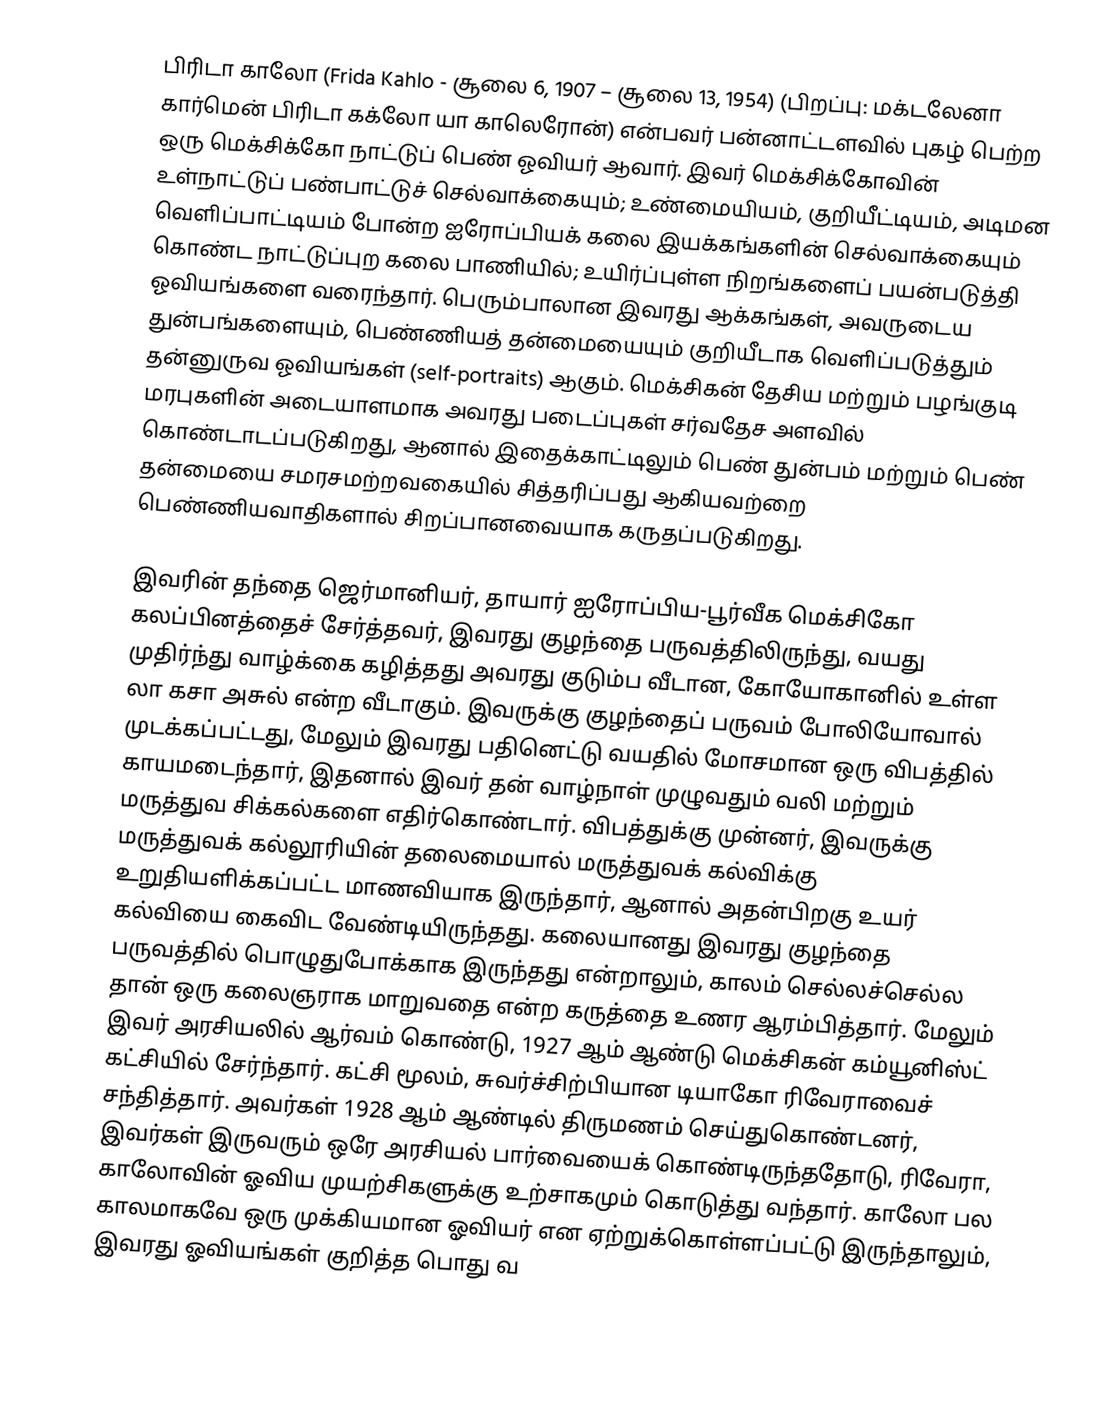
பிரிடா காலோ (Frida Kahlo - சூலை 6, 1907 – சூலை 13, 1954) (பிறப்பு: மக்டலேனா கார்மென் பிரிடா கக்லோ யா காலெரோன்) என்பவர் பன்னாட்டளவில் புகழ் பெற்ற ஒரு மெக்சிக்கோ நாட்டுப் பெண் ஓவியர் ஆவார். இவர் மெக்சிக்கோவின் உள்நாட்டுப் பண்பாட்டுச் செல்வாக்கையும்; உண்மையியம், குறியீட்டியம், அடிமன வெளிப்பாட்டியம் போன்ற ஐரோப்பியக் கலை இயக்கங்களின் செல்வாக்கையும் கொண்ட நாட்டுப்புற கலை பாணியில்; உயிர்ப்புள்ள நிறங்களைப் பயன்படுத்தி ஓவியங்களை வரைந்தார். பெரும்பாலான இவரது ஆக்கங்கள், அவருடைய துன்பங்களையும், பெண்ணியத் தன்மையையும் குறியீடாக வெளிப்படுத்தும் தன்னுருவ ஓவியங்கள் (self-portraits) ஆகும்.  மெக்சிகன் தேசிய மற்றும் பழங்குடி மரபுகளின் அடையாளமாக அவரது படைப்புகள் சர்வதேச அளவில் கொண்டாடப்படுகிறது, ஆனால் இதைக்காட்டிலும்  பெண் துன்பம் மற்றும் பெண் தன்மையை சமரசமற்றவகையில் சித்தரிப்பது ஆகியவற்றை பெண்ணியவாதிகளால் சிறப்பானவையாக கருதப்படுகிறது.

இவரின் தந்தை ஜெர்மானியர், தாயார் ஐரோப்பிய-பூர்வீக மெக்சிகோ கலப்பினத்தைச் சேர்த்தவர், இவரது குழந்தை பருவத்திலிருந்து, வயது முதிர்ந்து வாழ்க்கை கழித்தது அவரது குடும்ப வீடான,  கோயோகானில் உள்ள  லா கசா அசுல் என்ற வீடாகும். இவருக்கு குழந்தைப் பருவம் போலியோவால் முடக்கப்பட்டது, மேலும் இவரது பதினெட்டு வயதில் மோசமான ஒரு விபத்தில் காயமடைந்தார், இதனால் இவர் தன் வாழ்நாள் முழுவதும் வலி மற்றும் மருத்துவ சிக்கல்களை எதிர்கொண்டார். விபத்துக்கு முன்னர், இவருக்கு மருத்துவக் கல்லூரியின் தலைமையால் மருத்துவக் கல்விக்கு உறுதியளிக்கப்பட்ட மாணவியாக இருந்தார், ஆனால் அதன்பிறகு உயர் கல்வியை கைவிட வேண்டியிருந்தது. கலையானது இவரது குழந்தை பருவத்தில் பொழுதுபோக்காக இருந்தது என்றாலும், காலம் செல்லச்செல்ல தான் ஒரு கலைஞராக மாறுவதை என்ற கருத்தை உணர ஆரம்பித்தார்.  மேலும் இவர் அரசியலில் ஆர்வம் கொண்டு, 1927 ஆம் ஆண்டு மெக்சிகன் கம்யூனிஸ்ட் கட்சியில் சேர்ந்தார். கட்சி மூலம், சுவர்ச்சிற்பியான டியாகோ ரிவேராவைச் சந்தித்தார். அவர்கள் 1928 ஆம் ஆண்டில் திருமணம் செய்துகொண்டனர்,  இவர்கள் இருவரும் ஒரே அரசியல் பார்வையைக் கொண்டிருந்ததோடு, ரிவேரா, காலோவின் ஓவிய முயற்சிகளுக்கு உற்சாகமும் கொடுத்து வந்தார். காலோ பல காலமாகவே ஒரு முக்கியமான ஓவியர் என ஏற்றுக்கொள்ளப்பட்டு இருந்தாலும், இவரது ஓவியங்கள் குறித்த பொது வ